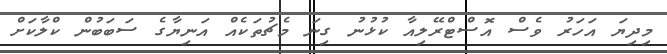
މިދިޔަ އަހަރު ވެސް އޮސްޓްރޭލިއާ ކުޅުނު ގިނަ މެޗުތަކެއް އަނިޔާގެ ސަބަބުން ކްލާކަށް